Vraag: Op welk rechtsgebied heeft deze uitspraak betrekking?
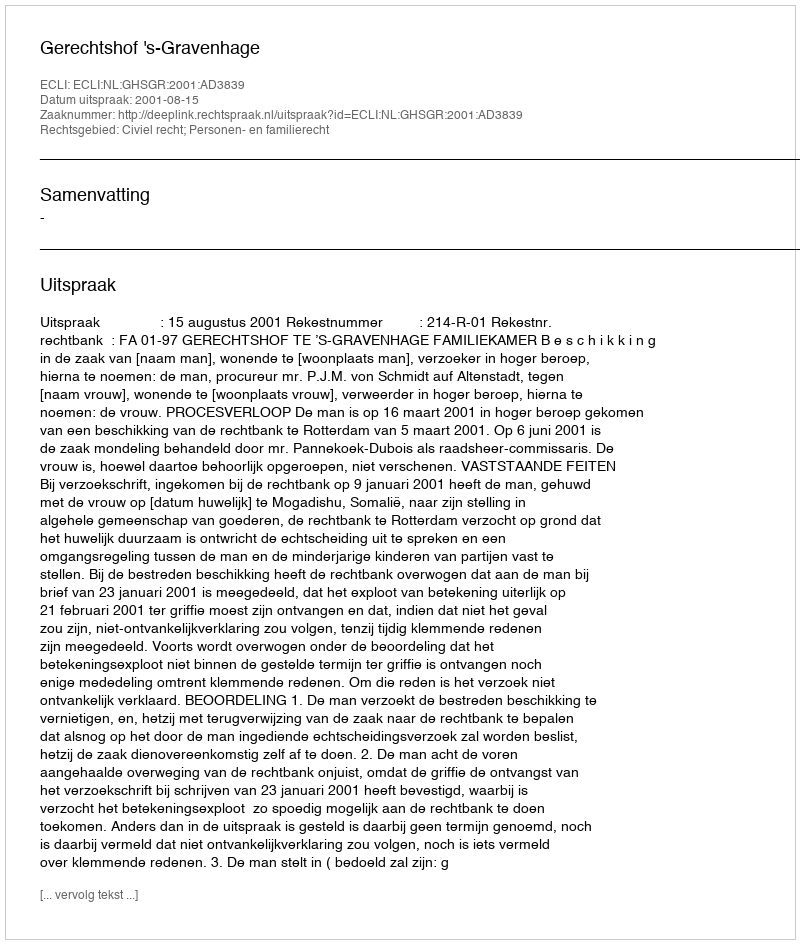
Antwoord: Civiel recht; Personen- en familierecht